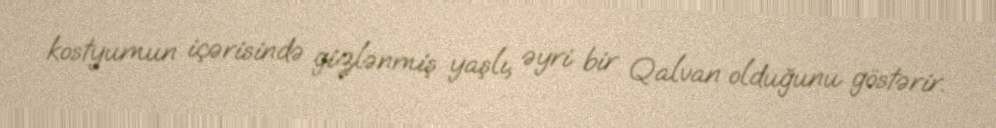
kostyumun içərisində gizlənmiş yaşlı, əyri bir Qalvan olduğunu göstərir.